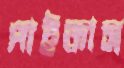
পাইকাস